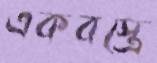
একবস্ত্রে